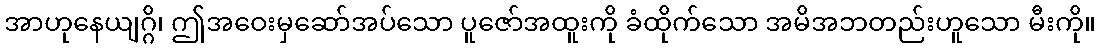
အာဟုနေယျဂ္ဂိ၊ ဤအဝေးမှဆော်အပ်သော ပူဇော်အထူးကို ခံထိုက်သော အမိအဘတည်းဟူသော မီးကို။